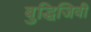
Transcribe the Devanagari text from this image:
बुद्धिजिवी